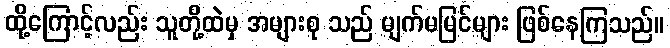
ထို့ကြောင့်လည်း သူတို့ထဲမှ အများစု သည် မျက်မမြင်များ ဖြစ်နေကြသည်။